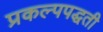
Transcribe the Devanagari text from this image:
प्रकल्पपद्धती